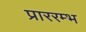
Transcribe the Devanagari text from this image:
प्राररम्भ